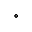
^ \circ